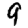
Digit: 9